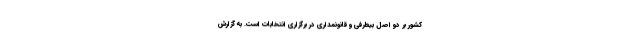
کشور بر دو اصل بیطرفی و قانونمداری در برگزاری انتخابات است. به گزارش